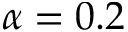
\alpha = 0 . 2